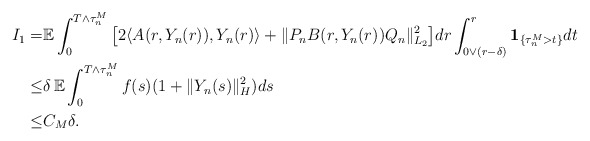
\begin{align*}I_1 = & \mathbb{E} \int_0^{T\wedge\tau_n^M} \big[ 2\langle A(r,Y_n(r)), Y_n(r) \rangle + \Vert P_n B(r,Y_n(r))Q_n \Vert_{L_2}^2 \big] dr \int_{0\vee(r-\delta)}^{r} \mathbf{1}_{\{\tau_n^M>t\}} dt \\\leq & \delta \, \mathbb{E} \int_0^{T\wedge\tau_n^M} f(s) (1+\Vert Y_n(s)\Vert_H^2) ds \\\leq & C_M \delta .\end{align*}